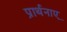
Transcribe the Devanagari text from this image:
प्रार्थनाए